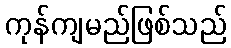
ကုန်ကျမည်ဖြစ်သည်